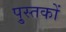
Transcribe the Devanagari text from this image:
पु्स्तकों